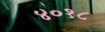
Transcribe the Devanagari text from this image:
४०१८